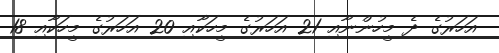
އަހަރުގެ ދެ މީހުންނާއި 21 އަހަރުގެ މީހަކާއި 20 އަހަރުގެ މީހަކާއި 18